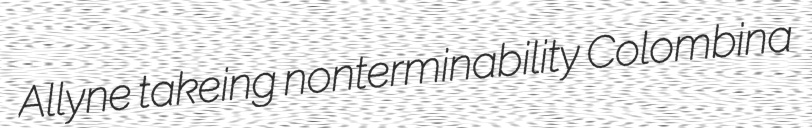
Allyne takeing nonterminability Colombina